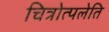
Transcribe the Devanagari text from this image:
चित्रोत्पलेति